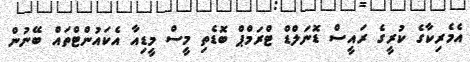
އެމެރިކާގެ ކުރީގެ ރައީސް ޑޮނަލްޑް ޓްރަމްޕް ބޮޑެތި މީސް މީޑިއާ އެކައުންޓްތައް ބޭނުން